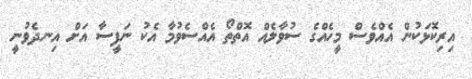
އިރިކޮޅަކުން އެއްވެސް މީހެއްގެ ސުވާލެއް އޮތްތޯ އެއްސެވުމާ އެކު ނަފީސާ އަށް އިނދެވުނީ